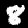
Digit: 8